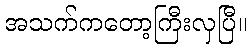
အသက်ကတော့ကြီးလှပြီ။